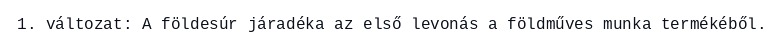
1. változat: A földesúr járadéka az első levonás a földműves munka termékéből.